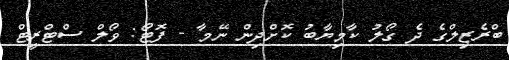
ބްރެޒިލްގެ ދެ ގޯލު ކާމިޔާބު ކޮށްދިން ނޭމާ - ފޮޓޯ: ވޯލް ސްޓްރީޓް